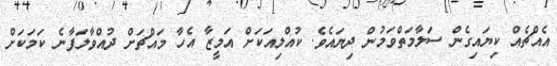
އެއްޗެއް ކިޔައިގެން ސަލާމަތްވަމުން ދިޔައެވެ. ކުއްލިއަކަށް އަމީޒާ އެހާ މައްޗަށް ދުއްވާލަފާނެ ކަމަކަށް